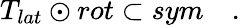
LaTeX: T_{lat}\odot rot\subset sym\quad.